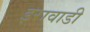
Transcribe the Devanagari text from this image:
इरावाडी